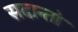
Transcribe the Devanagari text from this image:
सदान्तो